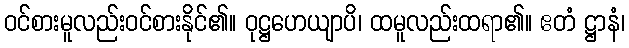
ဝင်စားမူလည်းဝင်စားနိုင်၏။ ဝုဋ္ဌဟေယျာပိ၊ ထမူလည်းထရာ၏။ ဧတံ ဋ္ဌာနံ၊